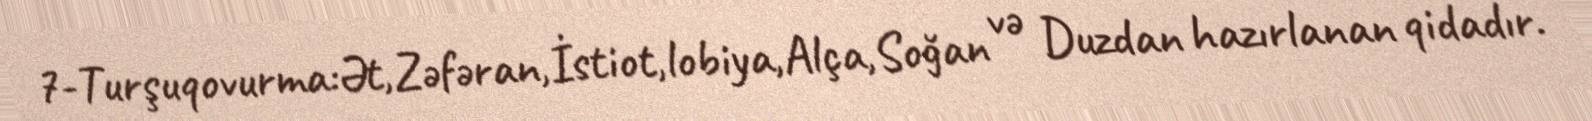
7-Turşuqovurma:Ət,Zəfəran,İstiot,lobiya,Alça,Soğan və Duzdan hazırlanan qidadır.